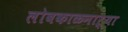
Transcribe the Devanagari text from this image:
लोबकाळनाऱ्या